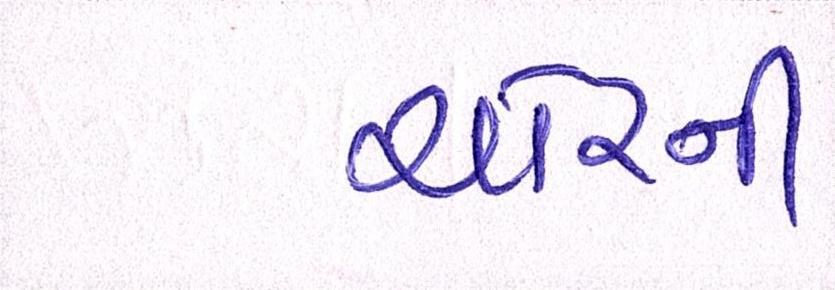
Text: ચોરની